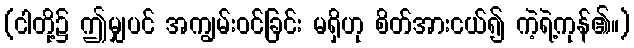
(ငါတို့၌ ဤမျှပင် အကျွမ်းဝင်ခြင်း မရှိဟု စိတ်အားငယ်၍ ကဲ့ရဲ့ကုန်၏။)